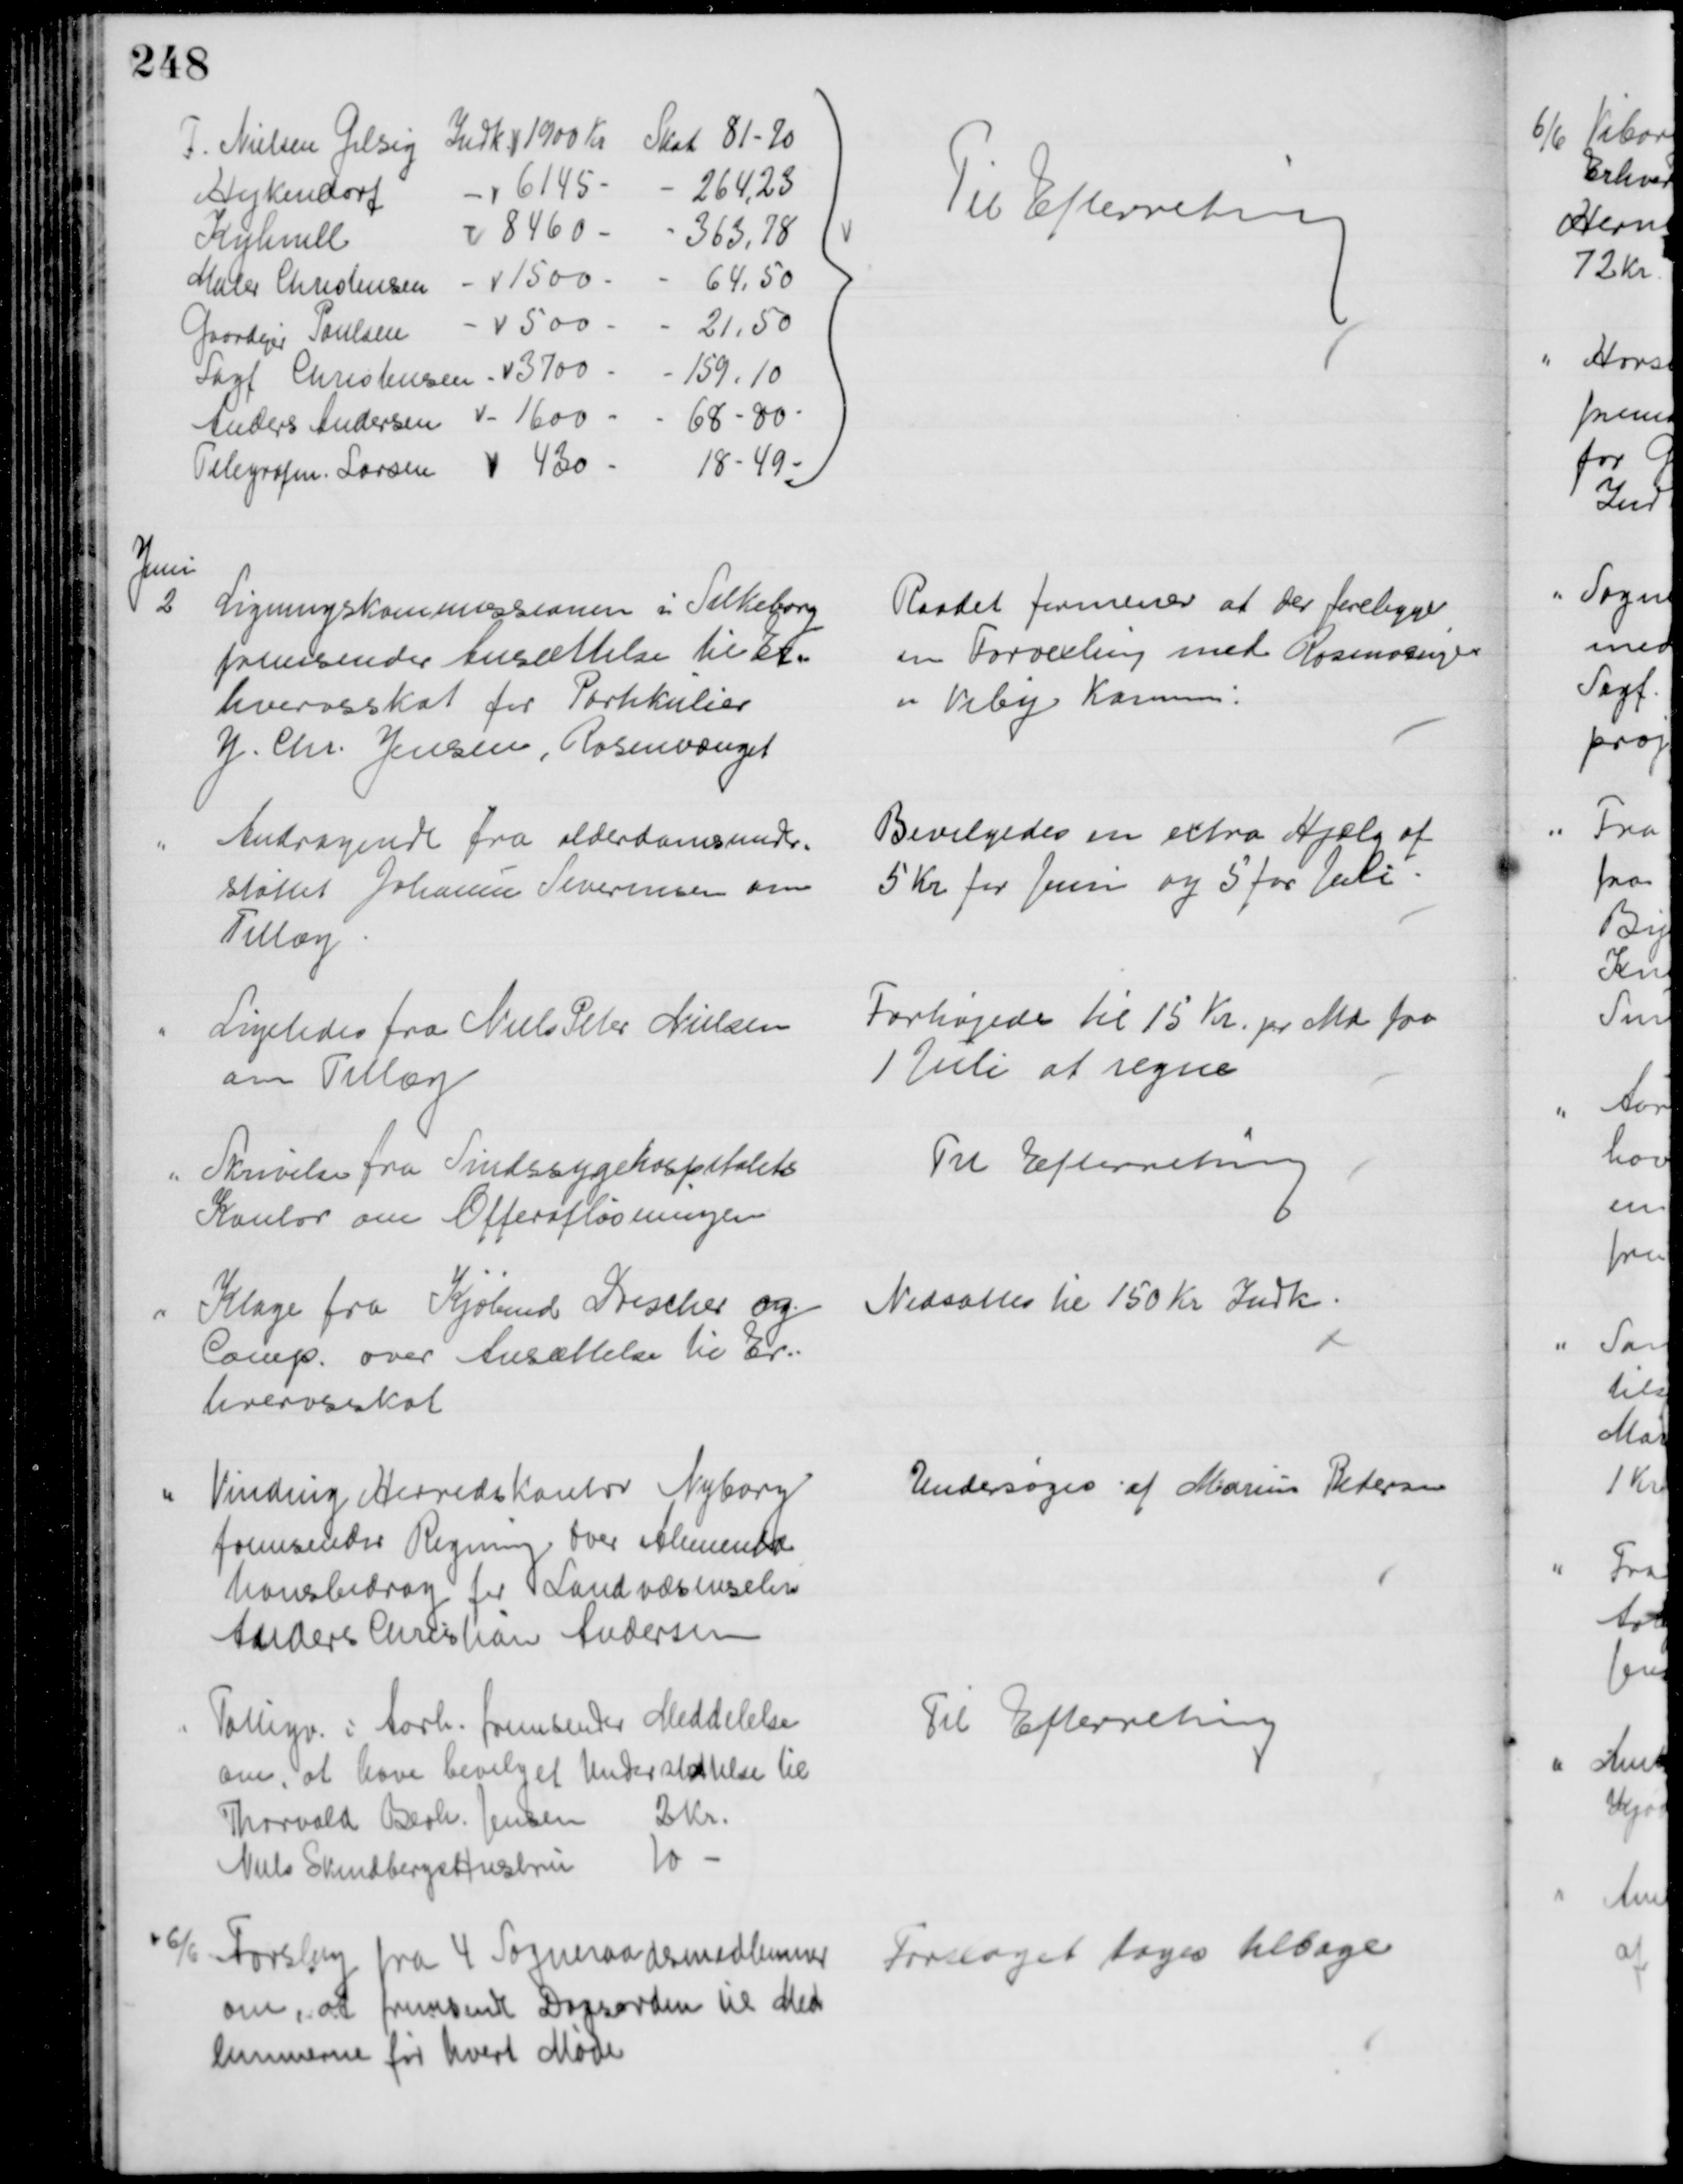
Transskription:
F. Nielsen Gilsig
Indk. 1900 Kr
Skat 81-70
Hejkendorf
6145
264,23
Kyhnell
8460
363,78
Maler Christensen
1500
64,50
Gaardejer Poulsen
500
21,50
Sagf Christensen
3700 
159,10
Anders Andersen
1600
68-80.
Telegrafm. Larsen
430
18-49
Til Efterretning
Juni
2
Ligningskommissionen i Silkeborg
fremsender Ansættelse til Er=
hvervsskat for Partikulier
J. Chr. Jensen, Rosenvænget
Raadet formener at der foreligger
en Forvexling med Rosenvænget
i Viby Kommune.
Andragende fra alderdomsunder-
støttet Johanne Severinsen om
Tillæg
Bevilgedes en extra Hjælp af 
5 Kr for Juni og 5 for Juli.
Ligeledes fra Niels Peter Nielsen
om Tillæg
Forhøjedes til 15 Kr. pr Md fra
1 Juli at regne
Skrivelse fra Sindssygehospitalets
Kontor om Offerafløsningen
Til Efterretning
Klage fra Kjøbmd Drescher og
Comp. over Ansættelse til Er-
hvervsskat
Nedsattes til 150 Kr Indk.
Vinding Herredskontor Nyborg
fremsender Regning over Alimenta
tionsbidrag til Landvæsenselev
Anders Christian Andersen
Undersøges af Marius Pedersen
Fattigv. i Aarh. fremsender Meddelelse
om, at have bevilget Understøttelse til
Thorvald Bernh. Jensen 2 Kr.
Niels Skindbergs Hustru 
10 
Til Efterretning
6/6
Forslag fra 4 Sogneraadsmedlemmer
om, at fremsende Dagsorden til Med
lemmerne før hvert Møde
Forslaget toges tilbage